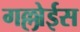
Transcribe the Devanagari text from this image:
गल्लोईस